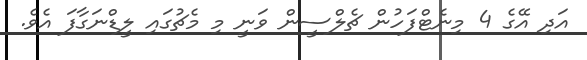
އަދި އޭގެ 4 މިނެޓްފަހުން ޗެލްސީން ވަނީ މި މެޗުގައި ލީޑްނަގާފަ އެވެ.